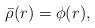
LaTeX: \begin{align*}\bar{\rho}(r)&=\phi(r), \end{align*}